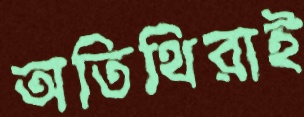
অতিথিরাই